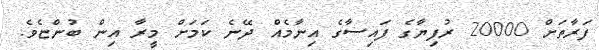
ފަރާތަށް 20000 ރުފިޔާގެ ފައިސާގެ އިނާމެއް ދޭނެ ކަމަށް މީރާ އިން ބުންޏެވެ.